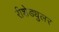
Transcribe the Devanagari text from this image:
रीशेड्युलर